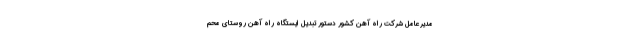
مدیرعامل شرکت راه آهن کشور دستور تبدیل ایستگاه راه آهن روستای محم